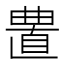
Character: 𰗁